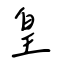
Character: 皇